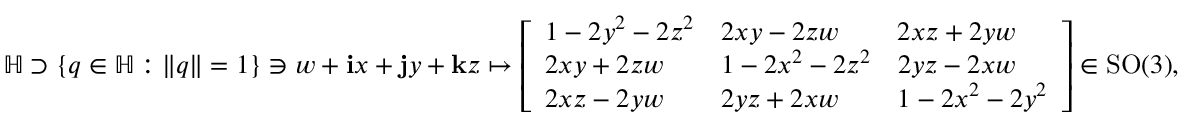
\mathbb { H } \supset \{ q \in \mathbb { H } : \| q \| = 1 \} \ni w + \mathbf { i } x + \mathbf { j } y + \mathbf { k } z \mapsto { \left[ \begin{array} { l l l } { 1 - 2 y ^ { 2 } - 2 z ^ { 2 } } & { 2 x y - 2 z w } & { 2 x z + 2 y w } \\ { 2 x y + 2 z w } & { 1 - 2 x ^ { 2 } - 2 z ^ { 2 } } & { 2 y z - 2 x w } \\ { 2 x z - 2 y w } & { 2 y z + 2 x w } & { 1 - 2 x ^ { 2 } - 2 y ^ { 2 } } \end{array} \right] } \in \mathrm { S O } ( 3 ) ,